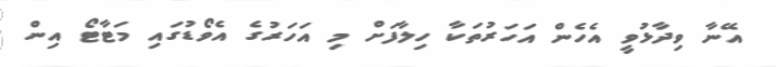
އޭނާ ވިދާޅުވީ އެހެން އަހަރުތަކާ ހިލާފަށް މި އަހަރުގެ އެވޯޑުގައި މަޓާޓޯ އިން